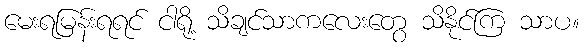
မေးရမြန်းရရင် ငါရို့ သိချင်သာကလေးတွေ သိနိုင်ကြ သာပ။